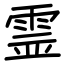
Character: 霊